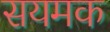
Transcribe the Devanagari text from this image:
सयमक